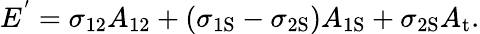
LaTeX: E^{'}=\sigma_{12}A_{12}+(\sigma_{\mathrm{{1S}}}-\sigma_{\mathrm{{2S}}})A_{\mathrm{{1S}}}+\sigma_{\mathrm{{2S}}}A_{\mathrm{{t}}}.